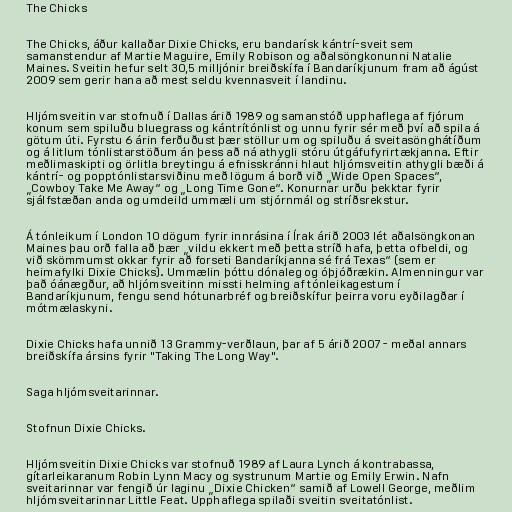
The Chicks

The Chicks, áður kallaðar Dixie Chicks, eru bandarísk kántrí-sveit sem
samanstendur af Martie Maguire, Emily Robison og aðalsöngkonunni Natalie
Maines. Sveitin hefur selt 30,5 milljónir breiðskífa í Bandaríkjunum fram að ágúst
2009 sem gerir hana að mest seldu kvennasveit í landinu.

Hljómsveitin var stofnuð í Dallas árið 1989 og samanstóð upphaflega af fjórum
konum sem spiluðu bluegrass og kántrítónlist og unnu fyrir sér með því að spila á
götum úti. Fyrstu 6 árin ferðuðust þær stöllur um og spiluðu á sveitasönghátíðum
og á litlum tónlistarstöðum án þess að ná athygli stóru útgáfufyrirtækjanna. Eftir
meðlimaskipti og örlitla breytingu á efnisskránni hlaut hljómsveitin athygli bæði á
kántrí- og popptónlistarsviðinu með lögum á borð við „Wide Open Spaces“,
„Cowboy Take Me Away“ og „Long Time Gone“. Konurnar urðu þekktar fyrir
sjálfstæðan anda og umdeild ummæli um stjórnmál og stríðsrekstur.

Á tónleikum í London 10 dögum fyrir innrásina í Írak árið 2003 lét aðalsöngkonan
Maines þau orð falla að þær „vildu ekkert með þetta stríð hafa, þetta ofbeldi, og
við skömmumst okkar fyrir að forseti Bandaríkjanna sé frá Texas“ (sem er
heimafylki Dixie Chicks). Ummælin þóttu dónaleg og óþjóðrækin. Almenningur var
það óánægður, að hljómsveitinn missti helming af tónleikagestum í
Bandaríkjunum, fengu send hótunarbréf og breiðskífur þeirra voru eyðilagðar í
mótmælaskyni.

Dixie Chicks hafa unnið 13 Grammy-verðlaun, þar af 5 árið 2007 - meðal annars
breiðskífa ársins fyrir "Taking The Long Way".

Saga hljómsveitarinnar.

Stofnun Dixie Chicks.

Hljómsveitin Dixie Chicks var stofnuð 1989 af Laura Lynch á kontrabassa,
gítarleikaranum Robin Lynn Macy og systrunum Martie og Emily Erwin. Nafn
sveitarinnar var fengið úr laginu „Dixie Chicken“ samið af Lowell George, meðlim
hljómsveitarinnar Little Feat. Upphaflega spilaði sveitin sveitatónlist.